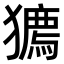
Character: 𤢒